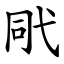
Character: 㢥